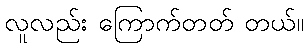
လူလည်း ကြောက်တတ် တယ်။